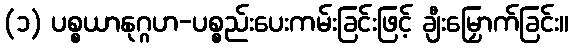
(၁) ပစ္စယာနုဂ္ဂဟ-ပစ္စည်းပေးကမ်းခြင်းဖြင့် ချီးမြှောက်ခြင်း။